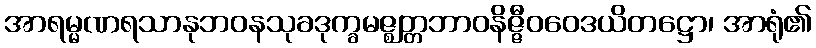
အာရမ္မဏရသာနုဘဝနသုခဒုက္ခမဇ္ဈတ္တဘာဝနိဇ္ဇီဝဝေဒယိတဋ္ဌော၊ အာရုံ၏